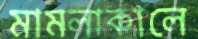
মামলাকালে